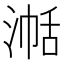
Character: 𪶞